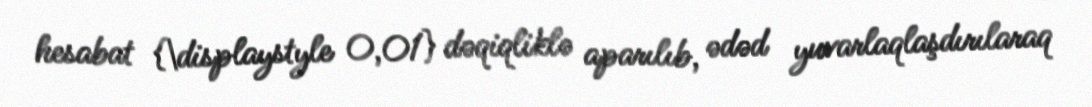
hesabat {\displaystyle 0,01} dəqiqliklə aparılıb, ədəd yuvarlaqlaşdırılaraq